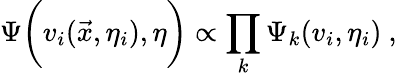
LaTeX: \Psi\biggl(v_{i}(\vec{x},\eta_{i}),\eta\biggr)\propto\prod_{k}\Psi_{k}(v_{i},\eta_{i})~,